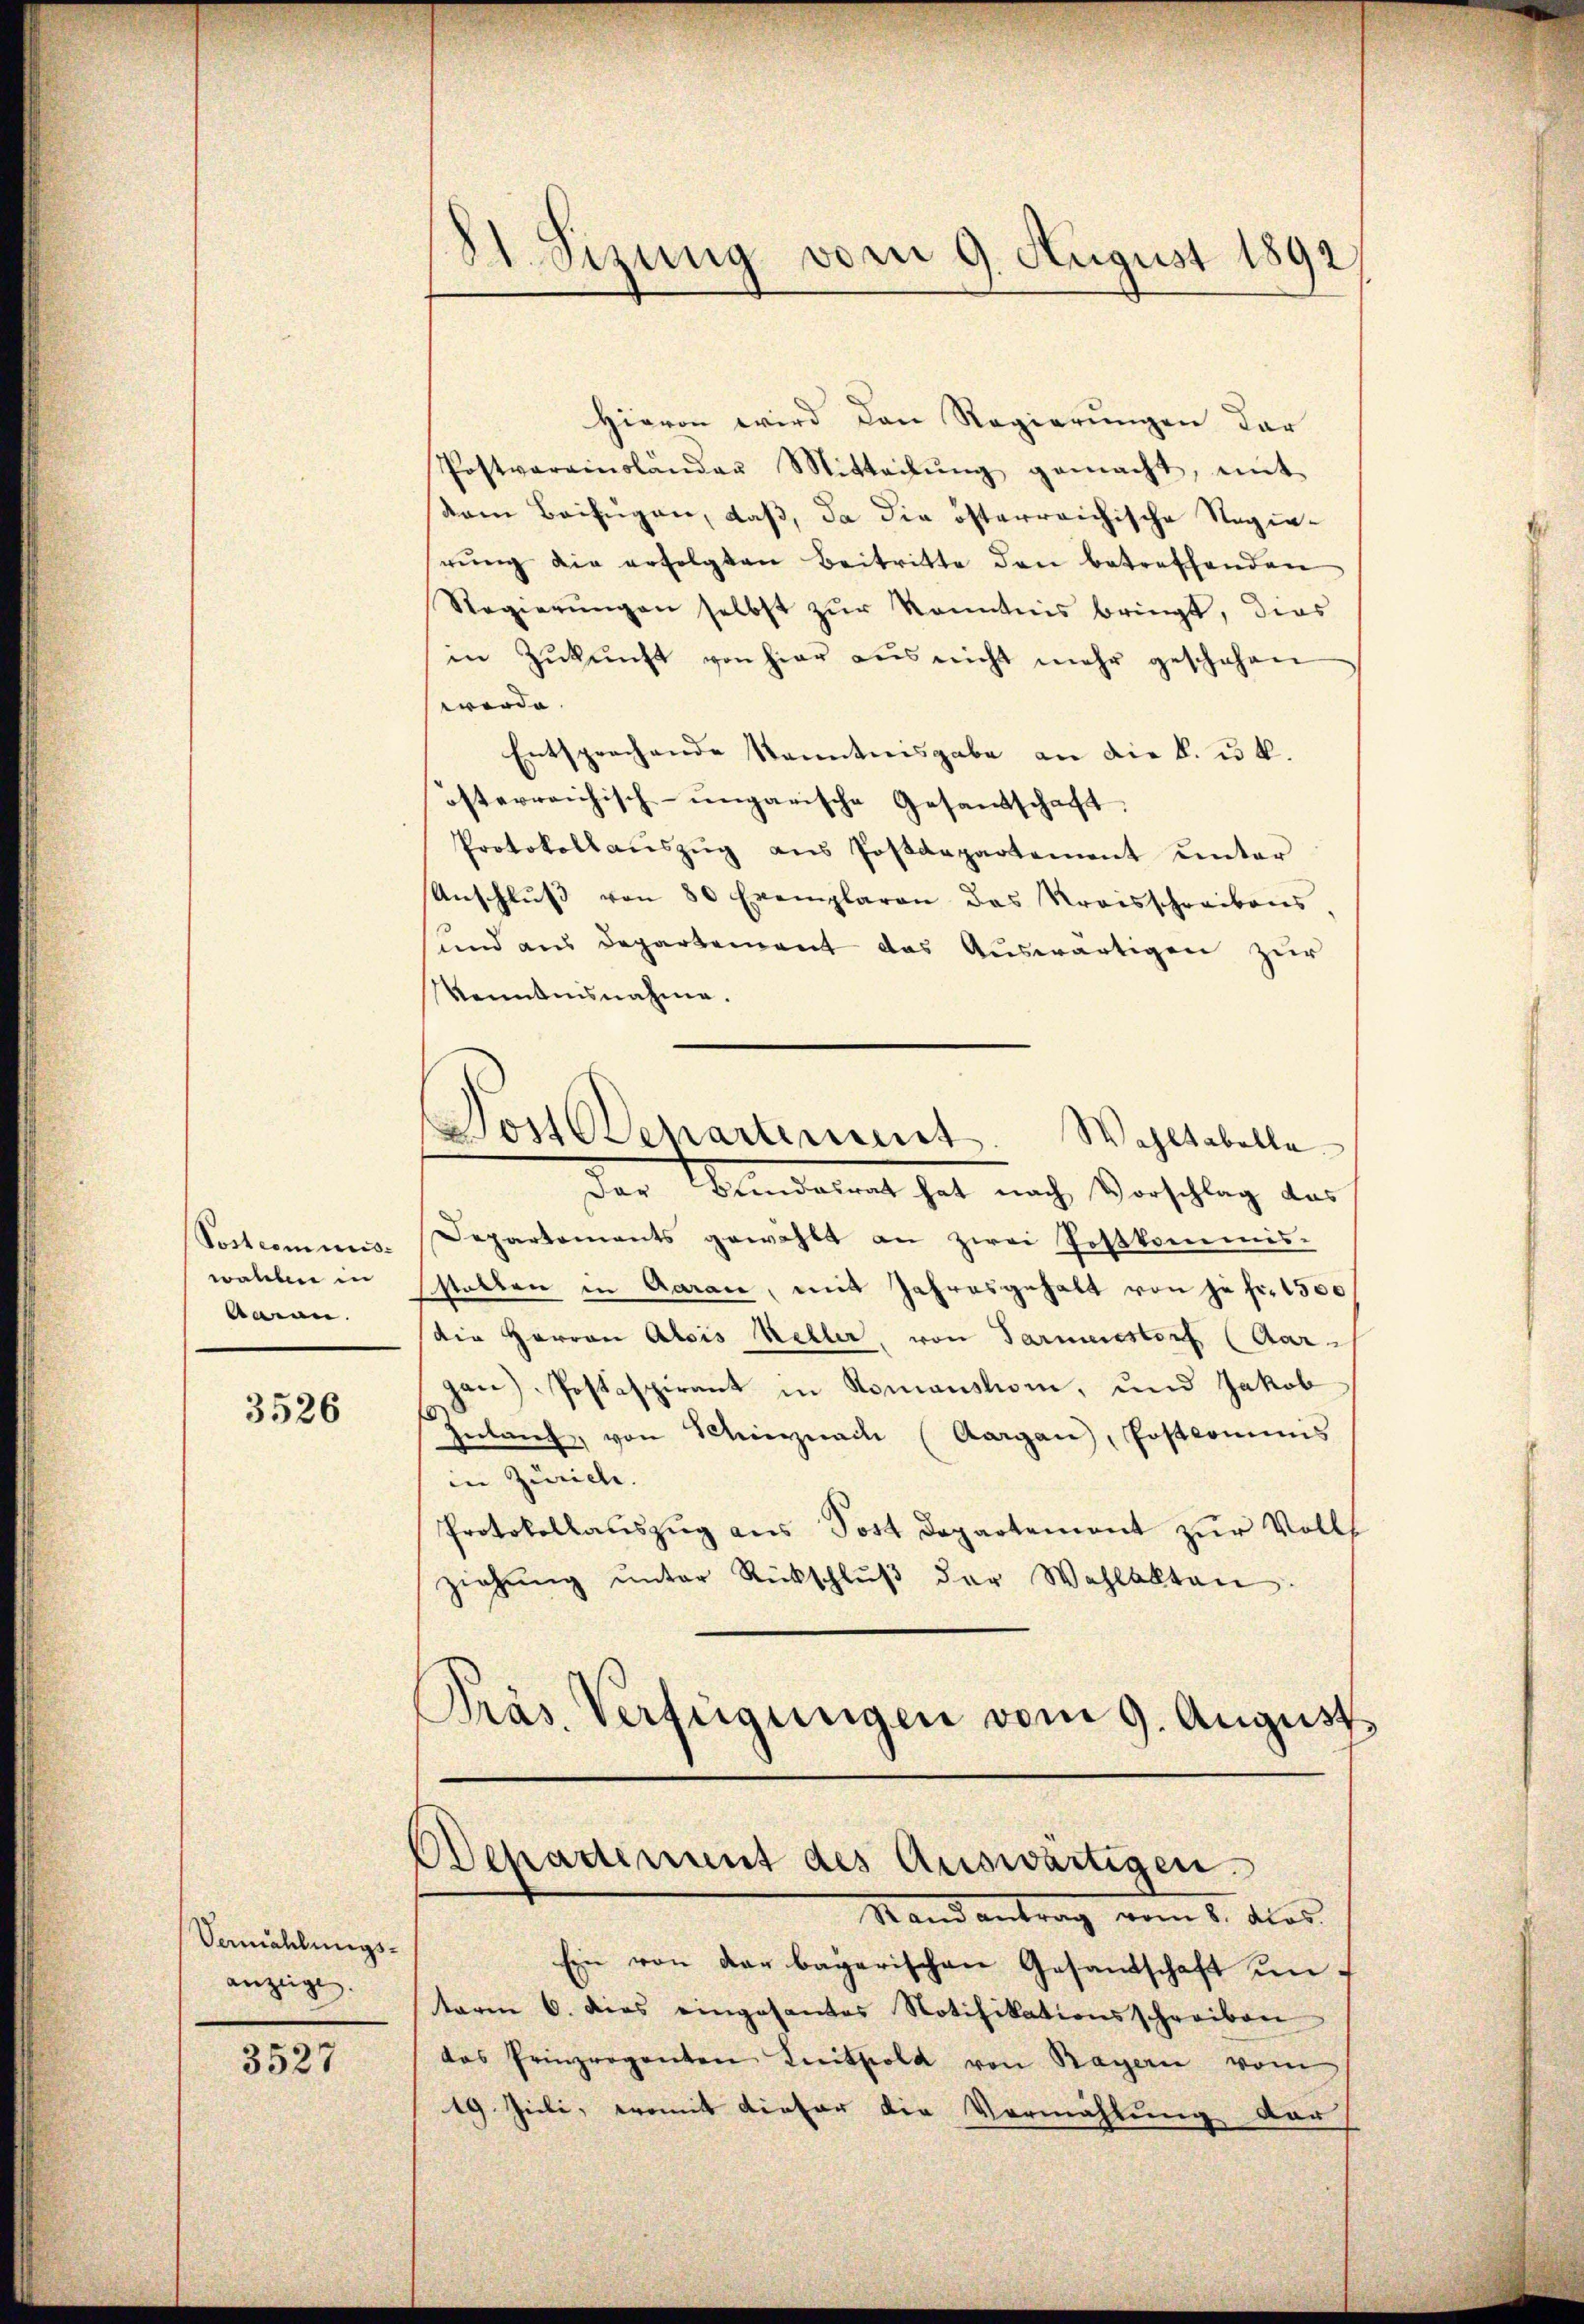
Postcommis
walchen in
Garan.

3526

Vermählungs-
anzeige.

3527

81. Sizung vom 9. August 1892

Hievon wird den Regierungen dar
Postvereinsländer Mitteilŭng gemacht, mit
saren Beifügen, daß, da die österreichische Regierŭng die erfolgten Beitritte den betreffenden
Regierŭngen selbst zŭr Kenntnis bringt, dies
in Zŭkŭnft von hier aus nicht mehr geschehen
werde.
Entsprechende Kenntnisgabe an die k. u. k.
österreichisch-ungarische Gesandtschaft.
Protokollaŭszŭg ans Postdepartement ŭnter
Anschlŭβ von 80 Exemplaren das Kraisschreibens
und aus Departement das Auswärtigen zur
kenntnisnahme.
¬
Post Departement.
Wohltabella
Der Bundesrat hat nach Vorschlag das
Departements gewählt an zwei Postkommis-
stalten in Aaraue, mit Jahresgehalt von je fr. 1500
die Herren Alois Keller, von Parmenstorf (Aar-
gan) Postaspirant in Romansion, und Jakob
Inlang von Schinznach (Aargau, Postcommis
in Zuwicke. |
Protokollaŭszŭg ans Post Departement zŭr Volls
ziehŭng ŭnter Rückschlŭβ der Wahlakten.
Präs. Verfügungen vom 9. August

Departement des Auswärtigen.
Stand antrag vom 6. das

Ein von der bayerischen Gesandschaft unterm 6. dies eingesantes Notifikationsschreiben
das Prinzroganten Knitsold von Bayern vom
19. Juli, womit dieser die Vermählung der